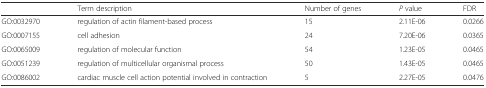
<table><thead><tr><td></td><td><b>Term description</b></td><td><b>Number of genes</b></td><td><b><i>P</i> value</b></td><td><b>FDR</b></td></tr></thead><tbody><tr><td>GO:0032970</td><td>regulation of actin filament-based process</td><td>15</td><td>2.11E-06</td><td>0.0266</td></tr><tr><td>GO:0007155</td><td>cell adhesion</td><td>24</td><td>7.20E-06</td><td>0.0365</td></tr><tr><td>GO:0065009</td><td>regulation of molecular function</td><td>54</td><td>1.23E-05</td><td>0.0465</td></tr><tr><td>GO:0051239</td><td>regulation of multicellular organismal process</td><td>50</td><td>1.43E-05</td><td>0.0465</td></tr><tr><td>GO:0086002</td><td>cardiac muscle cell action potential involved in contraction</td><td>5</td><td>2.27E-05</td><td>0.0476</td></tr></tbody></table>